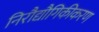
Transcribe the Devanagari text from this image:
निरौद्यौगिकीकरण